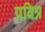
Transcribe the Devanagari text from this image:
प्रवित्र